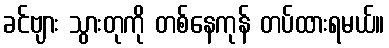
ခင်ဗျား သွားတုကို တစ်နေကုန် တပ်ထားရမယ်။